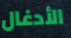
الأدغال